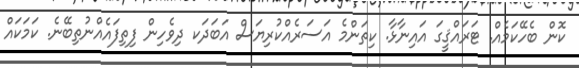
ކޮން ބެހޭކަމެއް. ޓަރައްޤީގަ އައިނާޅާ. ކިތަންމެ އަސަރެއްކުރިޔަސް އަބަދަކ ދިވެހިން ފިތިފައެއްނުތިބޭނެ. ކަމަކައް